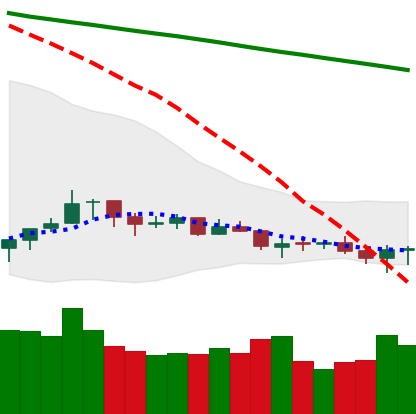
Ticker: XLM-USD
Chart end date: 2021-07-15
Forward return: -11.863%
Label: down_7plus